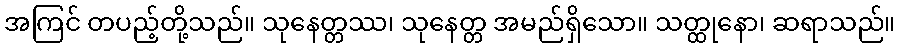
အကြင် တပည့်တို့သည်။ သုနေတ္တဿ၊ သုနေတ္တ အမည်ရှိသော။ သတ္ထုနော၊ ဆရာသည်။